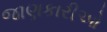
જાણકારીઓ